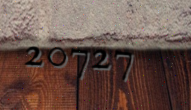
20727